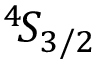
{ } ^ { 4 } \! S _ { 3 / 2 }